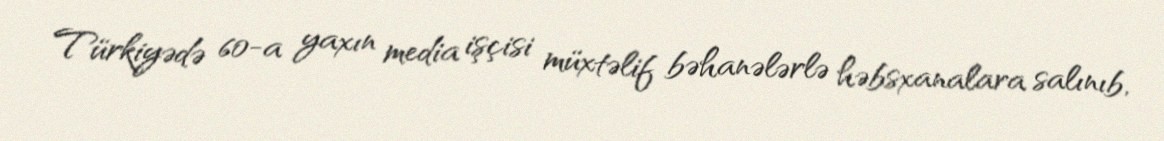
Türkiyədə 60-a yaxın media işçisi müxtəlif bəhanələrlə həbsxanalara salınıb,